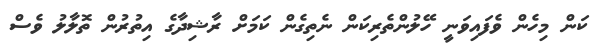
ކަން މިހެން ވެފައިވަނީ ހޭލުންތެރިކަން ނެތިގެން ކަމަށް ރާޝިދާގެ އިތުރުން ތޮލާލު ވެސް